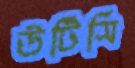
উটিসি